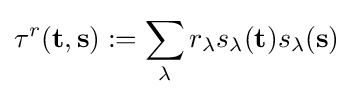
\tau ^{r}(\mathbf {t} ,\mathbf {s} ):=\sum _{\lambda }r_{\lambda }s_{\lambda }(\mathbf {t} )s_{\lambda }(\mathbf {s} )